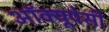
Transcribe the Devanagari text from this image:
अॉक्यूपेसी